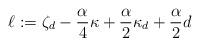
LaTeX: \begin{align*}\ell:=\zeta_d-\frac{\alpha}{4}\kappa+\frac{\alpha}{2}\kappa_d+\frac{\alpha}{2}d\end{align*}